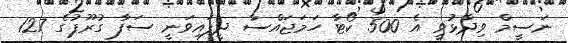
ނަސީމް ވިދާޅުވީ އެ 500 ކޯޓާ ހަމަޖައްސާ ދީފައިވަނީ ސަފާ ގުރޫޕުގެ 127